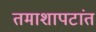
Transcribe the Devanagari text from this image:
तमाशापटांत